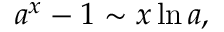
a ^ { x } - 1 \sim x \ln a ,